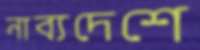
নাব্যদেশে